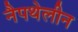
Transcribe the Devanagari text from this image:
नैपथेलीन